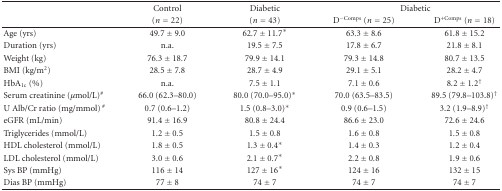
<table><thead><tr><td><b> </b></td><td><b>Control</b></td><td><b>Diabetic</b></td><td colspan="2"><b>Diabetic</b></td></tr><tr><td><b> </b></td><td><b>(<i>n</i> = 22)</b></td><td><b>(<i>n</i> = 43)</b></td><td><b>D<sup>−Comps</sup> (<i>n</i> = 25)</b></td><td><b>D<sup>+Comps</sup> (<i>n</i> = 18)</b></td></tr></thead><tbody><tr><td>Age (yrs)</td><td>49.7 ± 9.0</td><td>62.7 ± 11.7*</td><td>63.3 ± 8.6</td><td>61.8 ± 15.2</td></tr><tr><td>Duration (yrs)</td><td>n.a.</td><td>19.5 ± 7.5</td><td>17.8 ± 6.7</td><td>21.8 ± 8.1</td></tr><tr><td>Weight (kg)</td><td>76.3 ± 18.7</td><td>79.9 ± 14.1</td><td>79.3 ± 14.8</td><td>80.7 ± 13.5</td></tr><tr><td>BMI (kg/m<sup>2</sup>)</td><td>28.5 ± 7.8</td><td>28.7 ± 4.9</td><td>29.1 ± 5.1</td><td>28.2 ± 4.7</td></tr><tr><td>HbA<sub>1c</sub> (%)</td><td>n.a.</td><td>7.5 ± 1.1</td><td>7.1 ± 0.6</td><td>8.2 ± 1.2<sup>†</sup></td></tr><tr><td>Serum creatinine (<i>μ</i>mol/L)<sup>#</sup></td><td>66.0 (62.3–80.0)</td><td>80.0 (70.0–95.0)*</td><td>70.0 (63.5–83.5)</td><td>89.5 (79.8–103.8)<sup>†</sup></td></tr><tr><td>U Alb/Cr ratio (mg/mmol)<sup> #</sup></td><td>0.7 (0.6–1.2)</td><td>1.5 (0.8–3.0)*</td><td>0.9 (0.6–1.5)</td><td>3.2 (1.9–8.9)<sup>†</sup></td></tr><tr><td>eGFR (mL/min)</td><td>91.4 ± 16.9</td><td>80.8 ± 24.4</td><td>86.6 ± 23.0</td><td>72.6 ± 24.6</td></tr><tr><td>Triglycerides (mmol/L)</td><td>1.2 ± 0.5</td><td>1.5 ± 0.8</td><td>1.6 ± 0.8</td><td>1.5 ± 0.8</td></tr><tr><td>HDL cholesterol (mmol/L)</td><td>1.8 ± 0.5</td><td>1.3 ± 0.4*</td><td>1.4 ± 0.3</td><td>1.2 ± 0.4</td></tr><tr><td>LDL cholesterol (mmol/L)</td><td>3.0 ± 0.6</td><td>2.1 ± 0.7*</td><td>2.2 ± 0.8</td><td>1.9 ± 0.6</td></tr><tr><td>Sys BP (mmHg)</td><td>116 ± 14</td><td>127 ± 16*</td><td>124 ± 16</td><td>132 ± 15</td></tr><tr><td>Dias BP (mmHg)</td><td>77 ± 8</td><td>74 ± 7</td><td>74 ± 7</td><td>74 ± 7</td></tr></tbody></table>